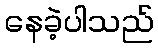
နေခဲ့ပါသည်